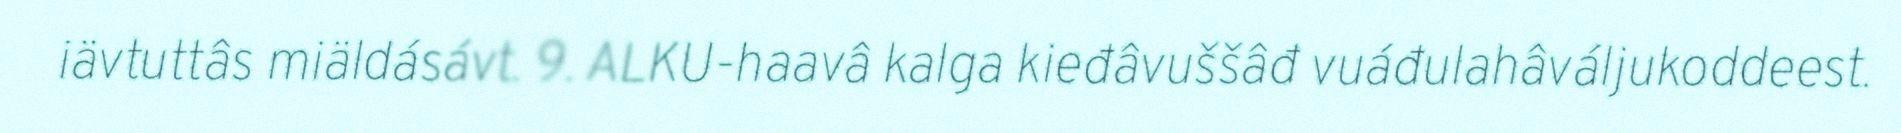
iävtuttâs miäldásávt. 9. ALKU-haavâ kalga kieđâvuššâđ vuáđulahâváljukoddeest.